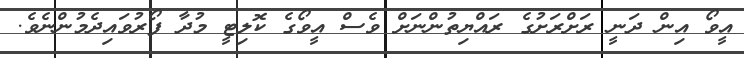
އީވޯ އިން ދަނީ ރަށްރަށުގެ ރައްޔިތުންނަށް ވެސް އީވޯގެ ކޮލިޓީ މުދާ ފޯރުވައިދެމުންނެވެ.